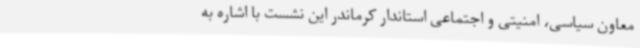
معاون سیاسی، امنیتی و اجتماعی استاندار کرماندر این نشست با اشاره به